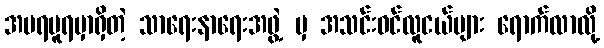
အမရပူရမှာရှိတဲ့ သာရေးနာရေးအဖွဲ့ မှ အသင်းဝင်လူငယ်များ ရောက်လာလို့